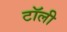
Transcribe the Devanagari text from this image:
टॉली